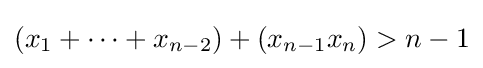
(x_{1}+\cdots +x_{n-2})+(x_{n-1}x_{n})>n-1